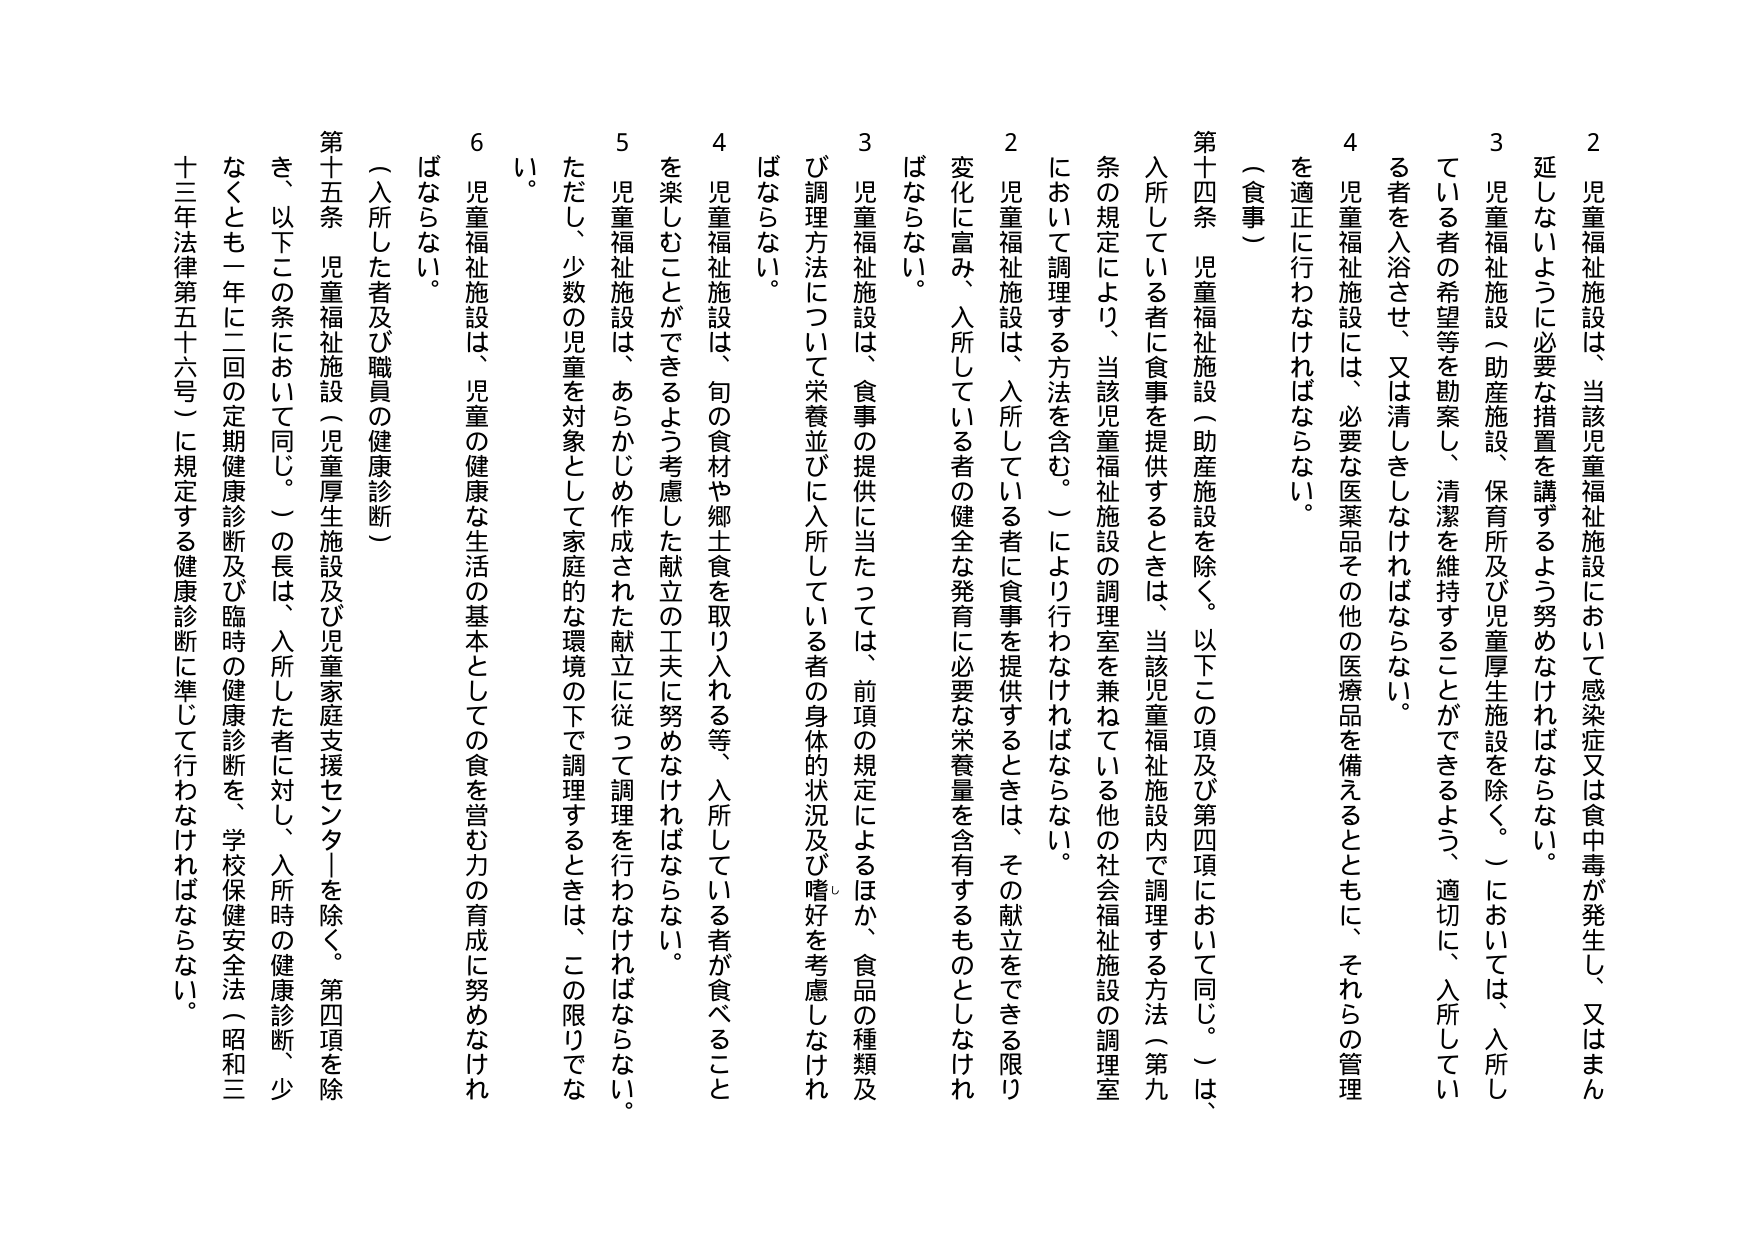
2 児童福祉施設は、当該児童福祉施設において感染症又は食中毒が発生し、又はまん延しないように必要な措置を講ずるよう努めなければならない。

3 児童福祉施設（助産施設、保育所及び児童厚生施設を除く。）においては、入所している者の希望等を勘案し、清潔を維持することができるよう、適切に、入所している者を入浴させ、又は清しきしなければならない。

4 児童福祉施設には、必要な医薬品その他の医療品を備えるとともに、それらの管理を適正に行わなければならない。

（食事）

第十四条 児童福祉施設（助産施設を除く。以下この項及び第四項において同じ。）は、入所している者に食事を提供するときは、当該児童福祉施設内で調理する方法（第九条の規定により、当該児童福祉施設の調理室を兼ねている他の社会福祉施設の調理室において調理する方法を含む。）により行わなければならない。

2 児童福祉施設は、入所している者に食事を提供するときは、その献立をできる限り変化に富み、入所している者の健全な発育に必要な栄養量を含有するものとしなければならない。

3 児童福祉施設は、食事の提供に当たっては、前項の規定によるほか、食品の種類及び調理方法について栄養並びに入所している者の身体の状況及び嗜好を考慮しなければならない。

4 児童福祉施設は、旬の食材や郷土食を取り入れる等、入所している者が食べることを楽しむことができるよう考慮した献立の工夫に努めなければならない。

5 児童福祉施設は、あらかじめ作成された献立に従って調理を行わなければならない。ただし、少数の児童を対象として家庭的な環境の下で調理するときは、この限りでない。

6 児童福祉施設は、児童の健康な生活の基本としての食を営む力の育成に努めなければならない。

（入所した者及び職員の健康診断）

第十五条 児童福祉施設（児童厚生施設及び児童家庭支援センターを除く。第四項を除き、以下この条において同じ。）の長は、入所した者に対し、入所時の健康診断、少なくとも一年に二回の定期健康診断及び臨時の健康診断を、学校保健安全法（昭和三十三年法律第五十六号）に規定する健康診断に準じて行わなければならない。